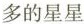
多的星星